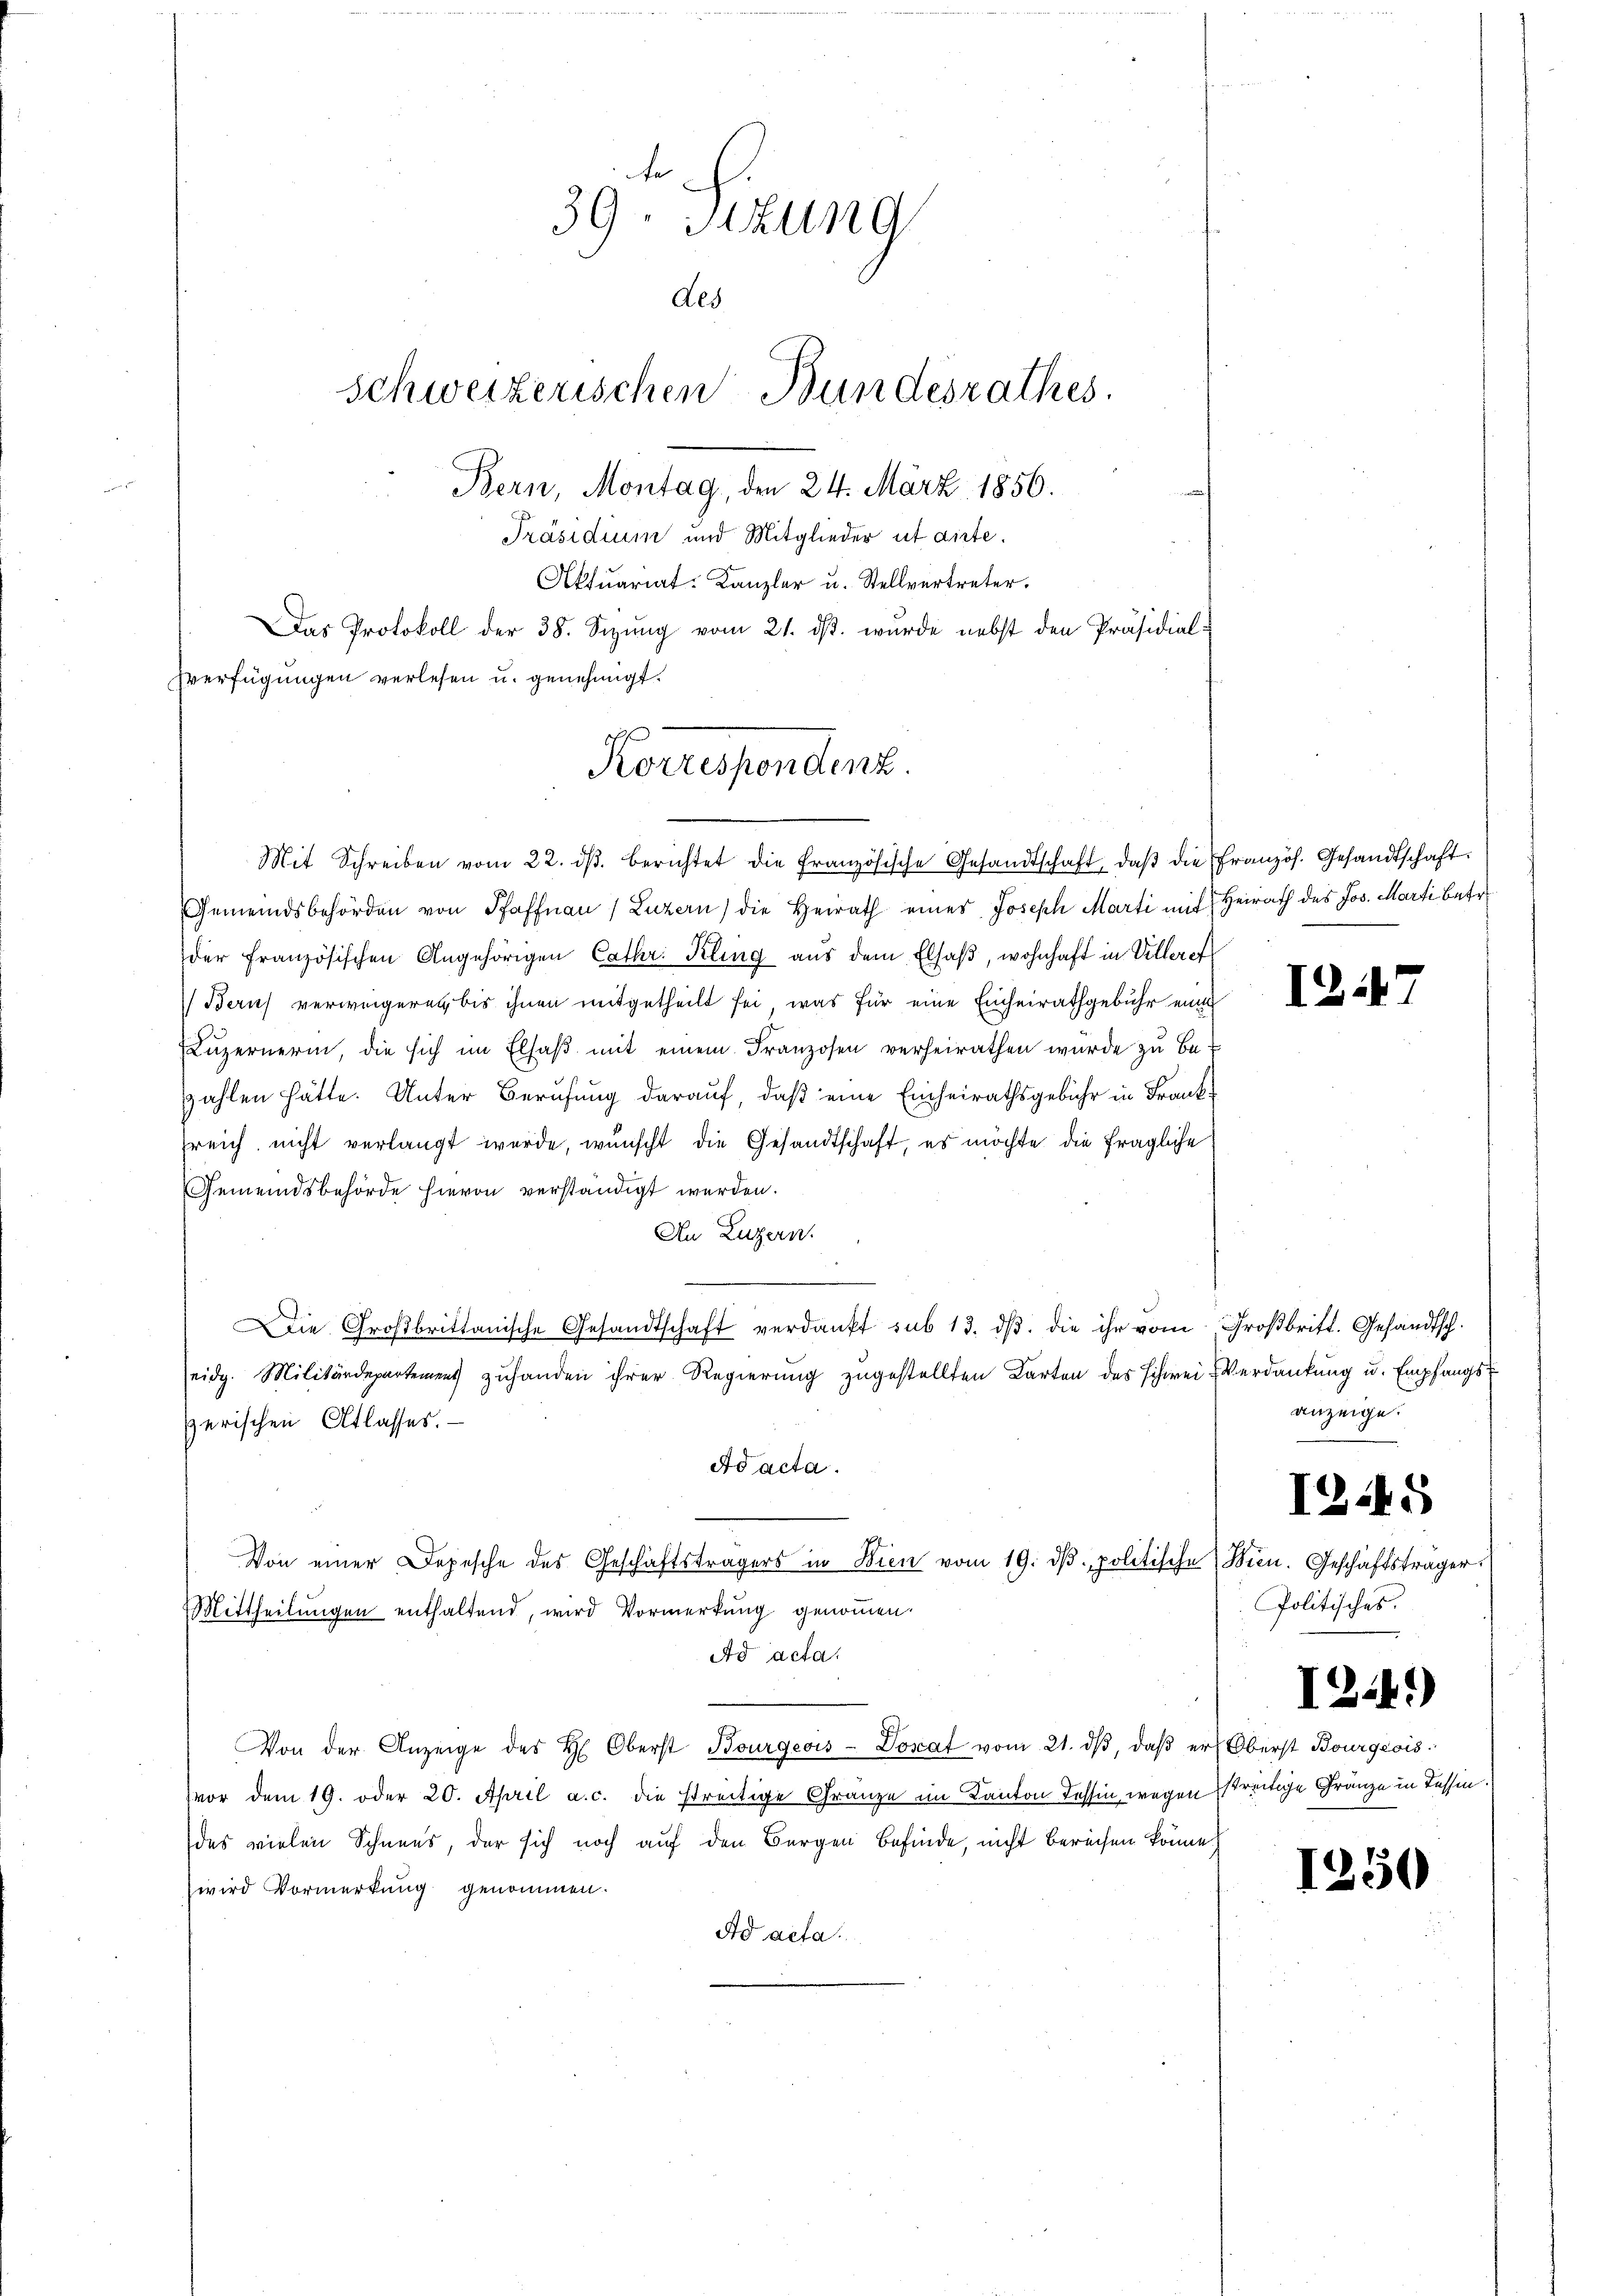
39. Sizung
des
Bern, Montag, den 24. März 1856.
Präsidium und Mitglieder ut dirte.
Aktuariat-Kanzler u. Stellvertreter.
Das Protokoll der 38. Sitzung vom 21. ds. wurde nebst den Präsidial-
sverfügungen verlesen u. genehmigt.

Mit Schreiben vom 22. dβ. berichtet die französische Gesandtschaft, daβ die Französ. Gesandtschaft.
Gemeindsbehörden von Pfaffnau (Luzern) die Heirath eines Joseph Marti mit Heirath des Jos. Marti betr.
der französischen Angehörigen Cathr: Kling aus dem Elsaß, wohnhaft in Villerer
Beruf verweigeren bis ihnen mitgetheilt sei, was für eine Einheirathgebühr eine
Luzernerin, die sich im Elsaß mit einem Franzosen verheirathen wurde zu be-
zahlen hätte. Unter Berufung darauf, daß eine Einheirathsgebühr in Franksreich nicht verlangt werde, wünscht die Gesandtschaft, es möchte die fragliche
Gemeindsbehörde hievon verständigt werden.
An Luzern.
Die Großbrittanische Gesandtschaft verdankt sub 13. dβ. die ihr vom Großbritt. Gesandtsch.
eidg. Militärdepartement zuhanden ihrer Regierung zugestellten Karten des schwei- Verdankung u. Empfangs
zerischen Atlasses.
Ad acta.
Von einer Depesche des Geschäftsträgers in Bien vom 19. dβ. politische Wien. Geschäftsträger
Mittheilungen enthaltend, wird Vormerkung genommen.
Ad acta.
Von der Anzeige des H. Oberst Bourgeois-Dorat vom 21. dβ, daβ er Oberst Bourgeois
vor dem 19. oder 20. April a. c. die streitige Gränze im Kanton Tessin wegen streitige Gränze in Tessin.
des vielen Schnees, der sich noch auf den Bergen Befinde, nicht berechen könne.
wird Vormerkung genommen.
Ad acta.

Schweizerischen Bundesrathes.

Korrespondent.

1247

anzeige.

Politisches.

1245

I24.)

1250